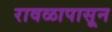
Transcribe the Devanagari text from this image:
रावळापासून